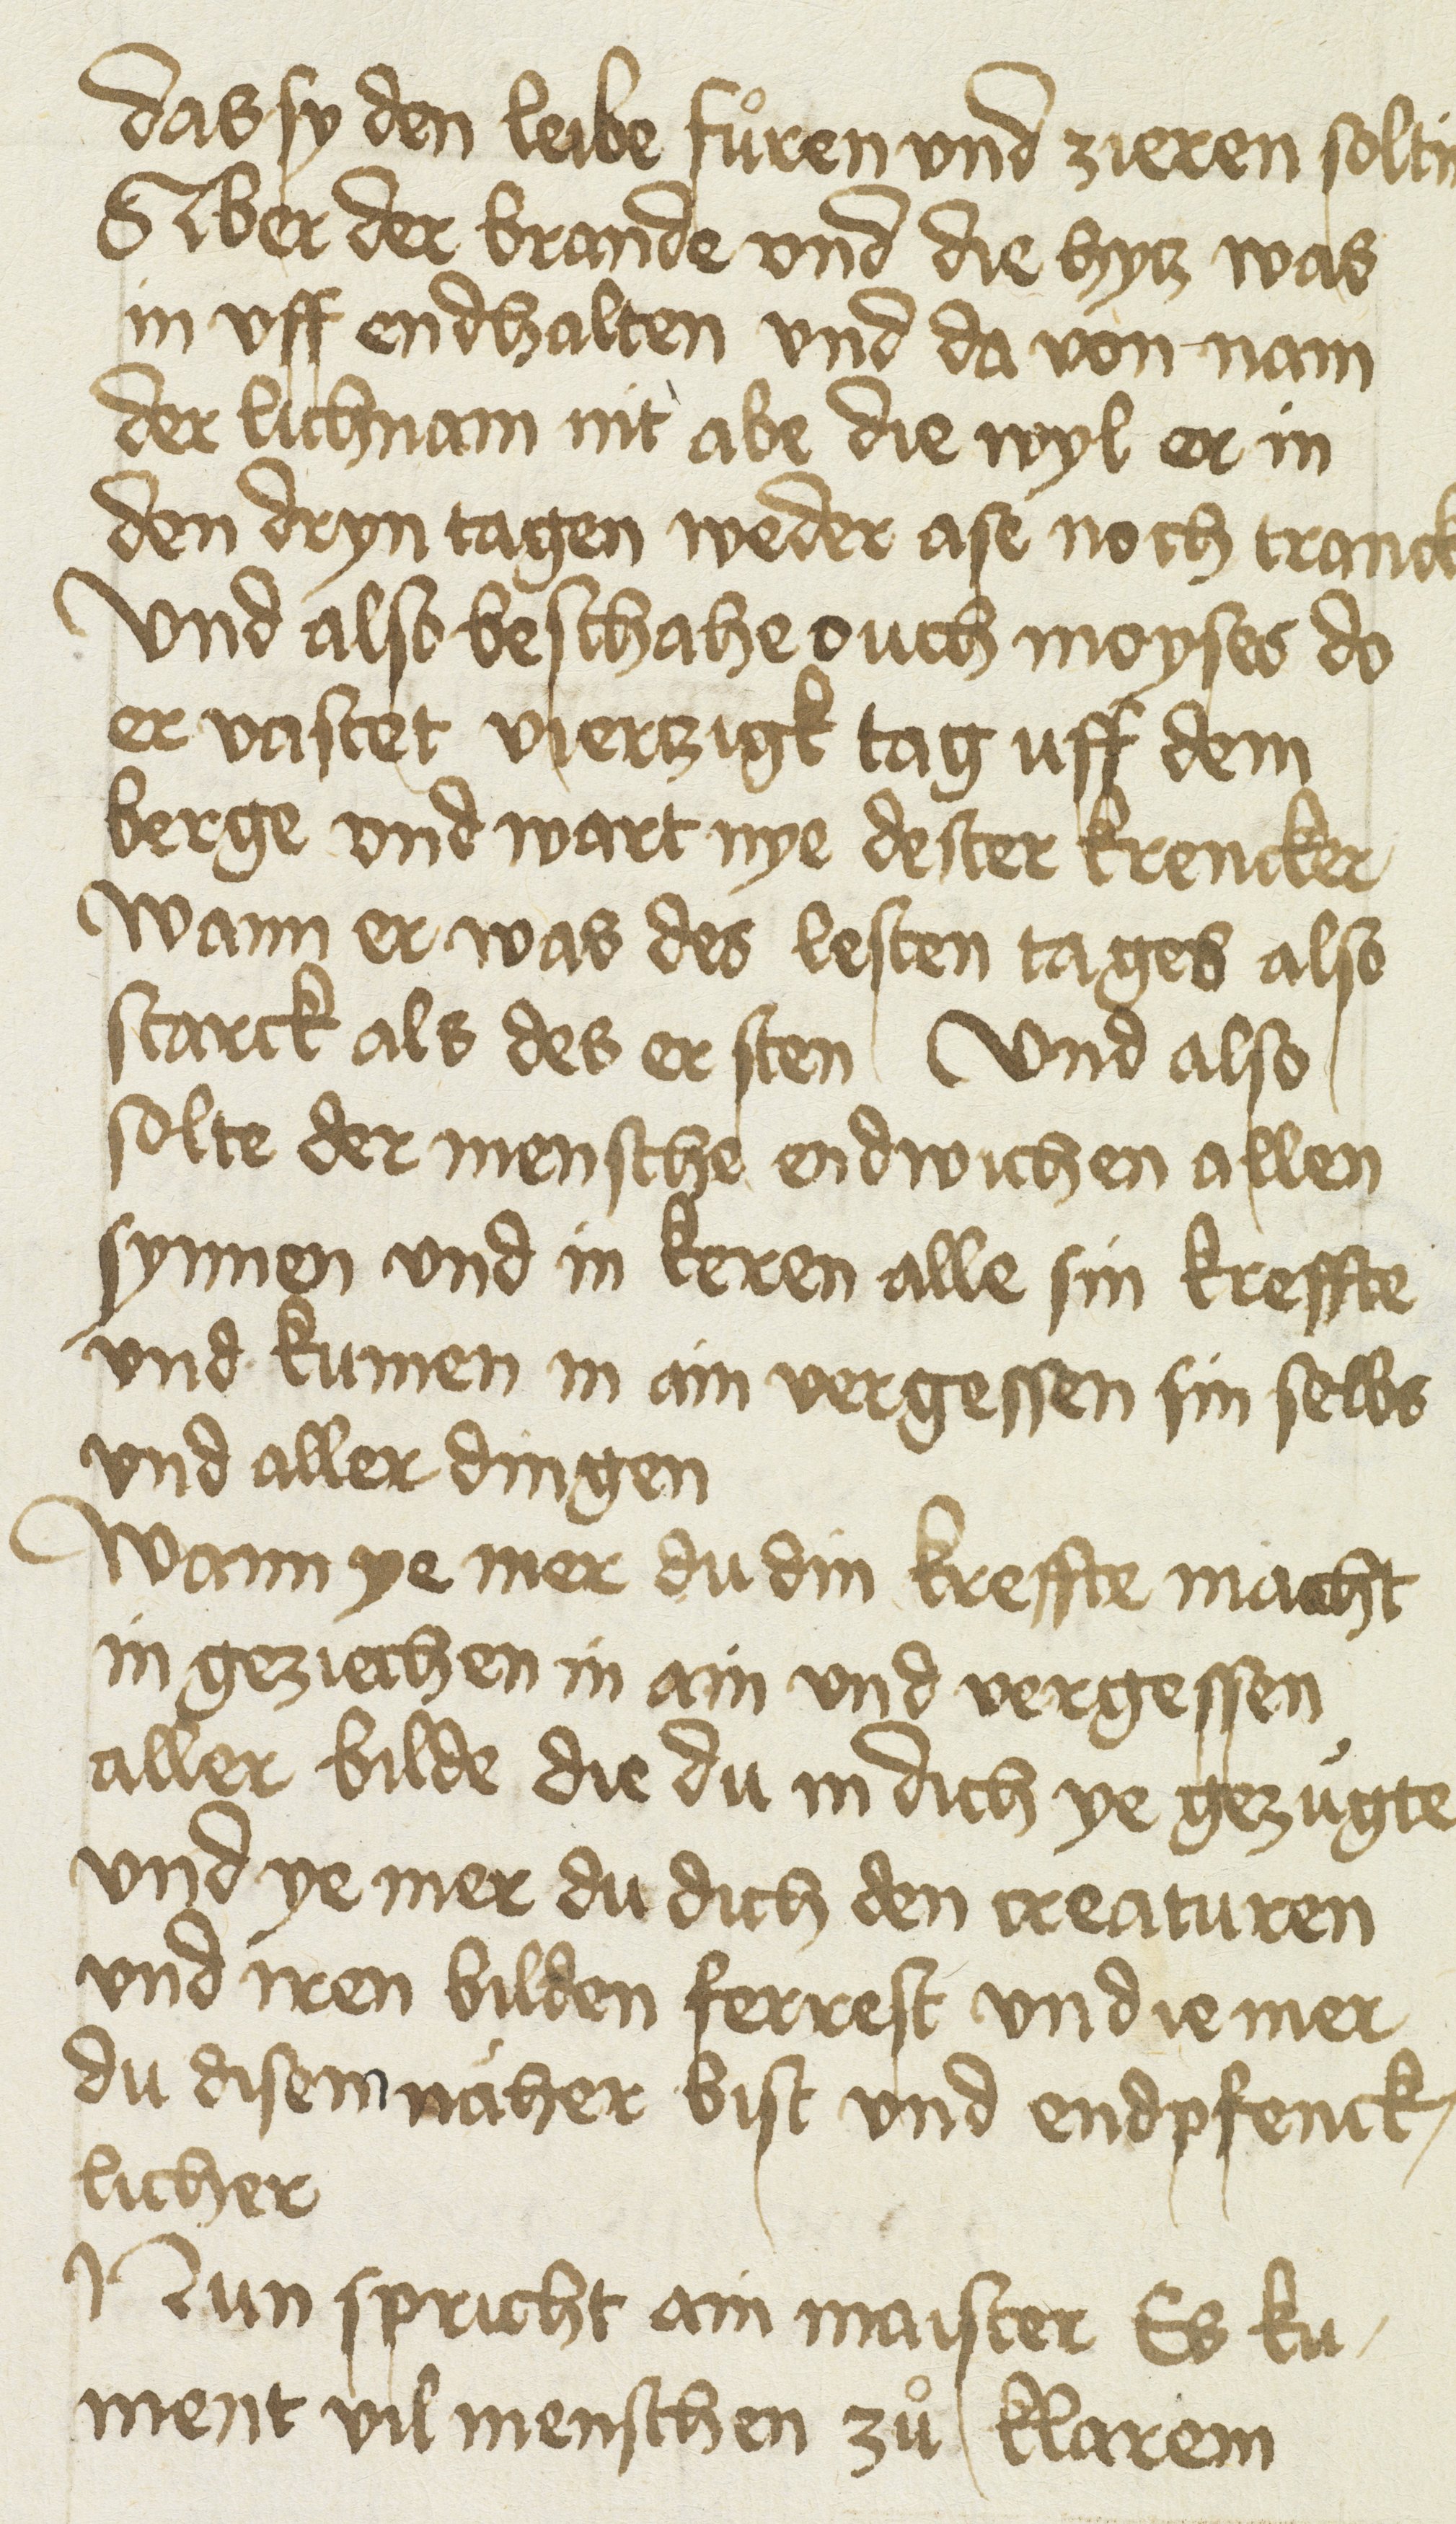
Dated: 1400–1499